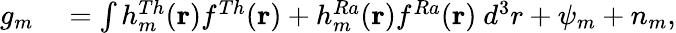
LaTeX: \begin{array}{rl}{g_{m}}&{{}=\int h_{m}^{Th}(\mathbf{r})f^{Th}(\mathbf{r})+h_{m}^{Ra}(\mathbf{r})f^{Ra}(\mathbf{r})~d^{3}r+\psi_{m}+n_{m},}\end{array}